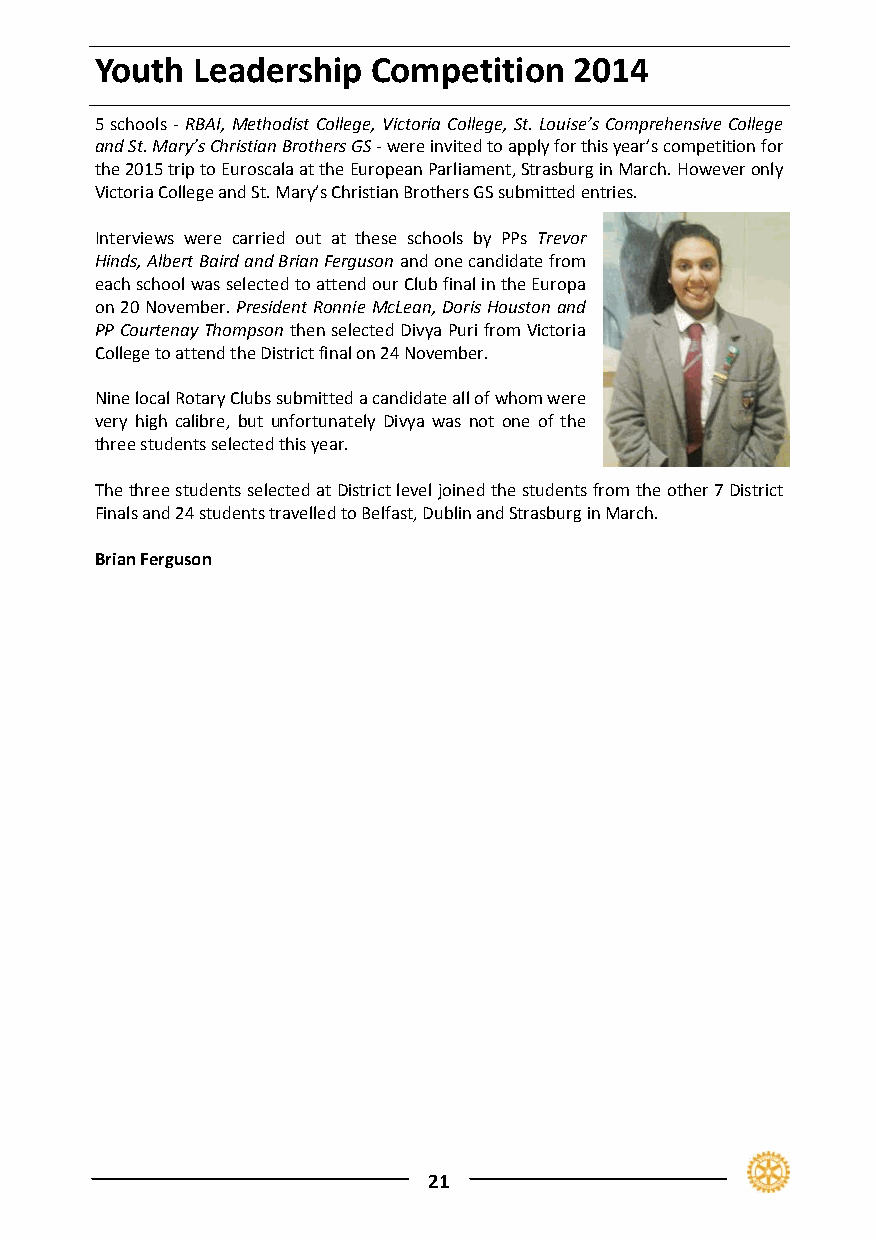
Youth  Leadership  Competition  2014
 5 schools ‐ RBAI, Methodist College, Victoria College, St. Louise’s Comprehensive College
 and St. Mary’s Christian Brothers GS ‐ were invited to apply for this year’s competition for
 the 2015 trip to Euroscala at the European Parliament, Strasburg in March. However only
 Victoria College and St. Mary’s Christian Brothers GS submitted entries.
 Interviews were carried out at these schools by PPs Trevor
 Hinds, Albert Baird and Brian Ferguson and one candidate from
 each school was selected to attend our Club final in the Europa
 on 20 November. President Ronnie McLean, Doris Houston and
 PP Courtenay Thompson then selected Divya Puri from Victoria
 College to attend the District final on 24 November.
 Nine local Rotary Clubs submitted a candidate all of whom were
 very high calibre, but unfortunately Divya was not one of the
 three students selected this year.
 The three students selected at District level joined the students from the other 7 District
 Finals and 24 students travelled to Belfast, Dublin and Strasburg in March.
 Brian Ferguson
 21